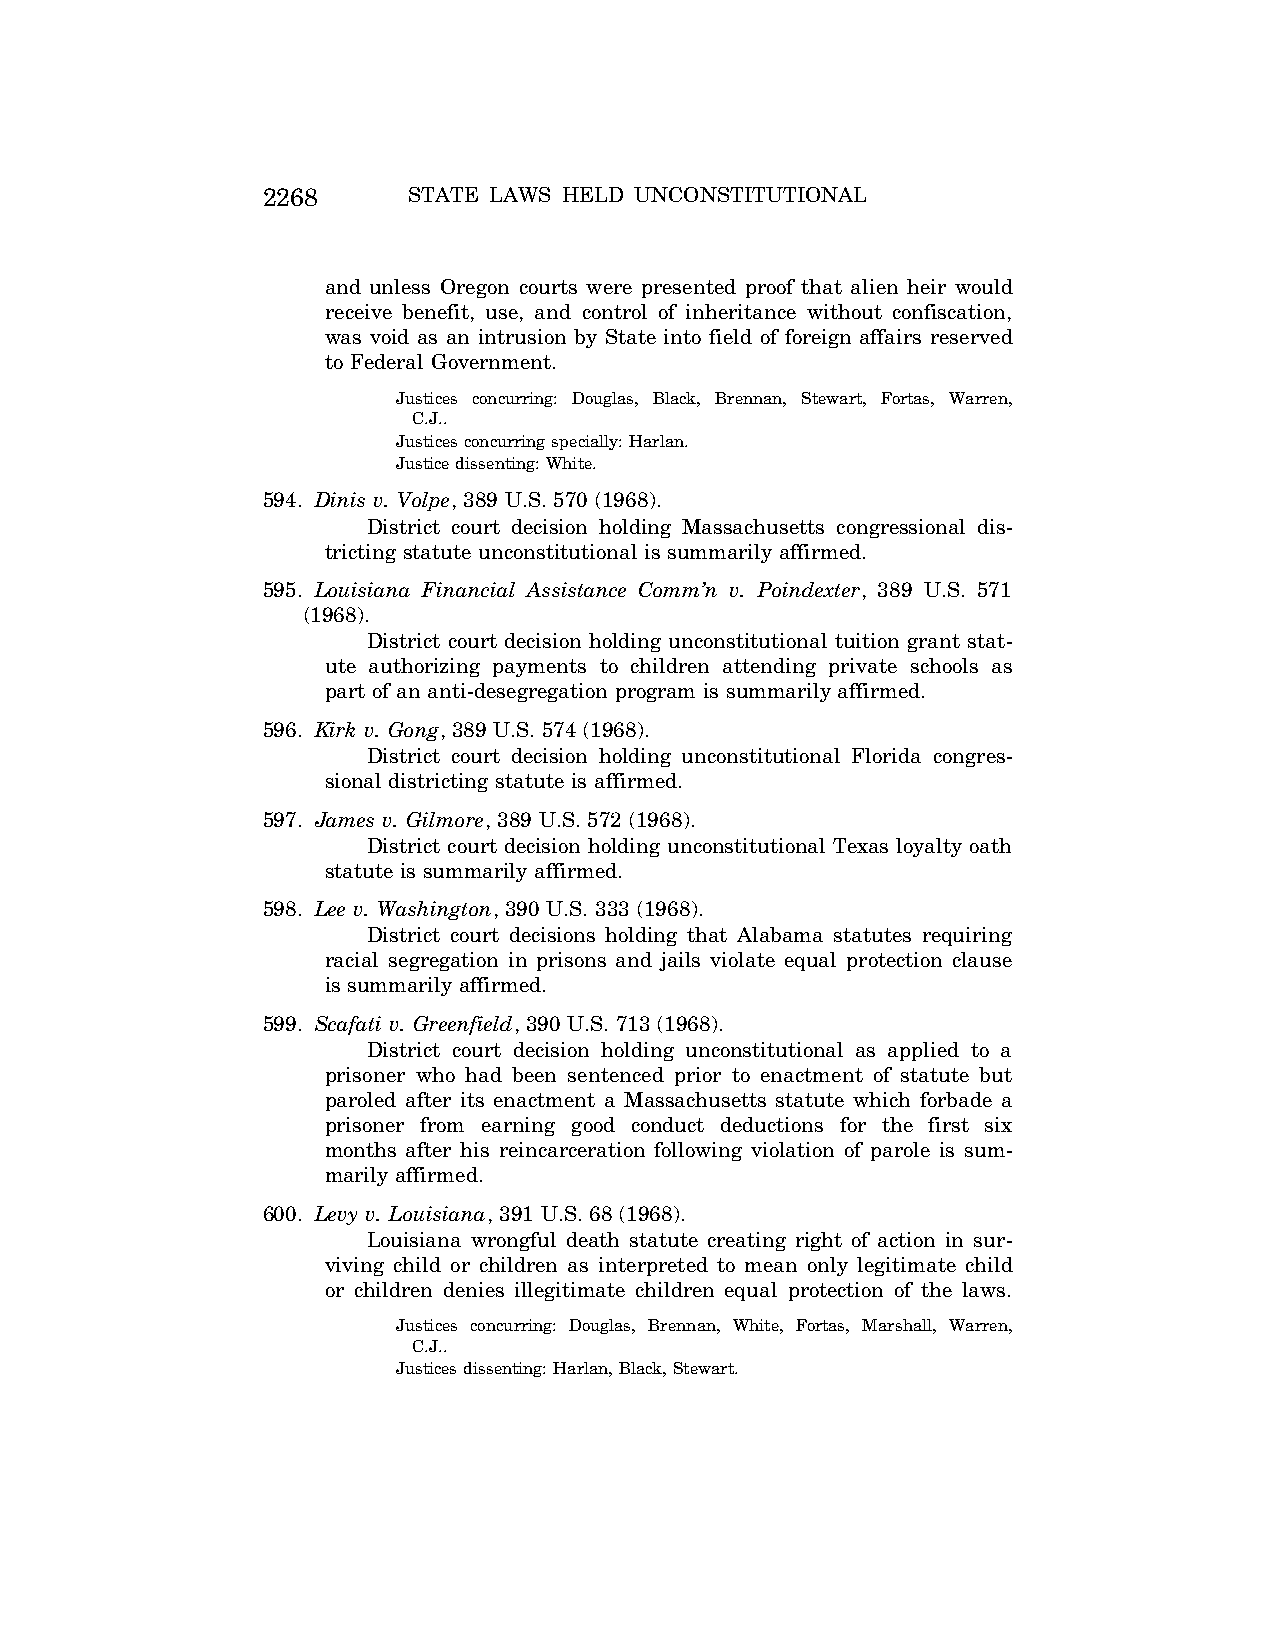
2268      STATE LAWS HELD UNCONSTITUTIONAL
 and unless Oregon courts were presented proof that alien heir would
 receive benefit, use, and control of inheritance without confiscation,
 was void as an intrusion by State into field of foreign affairs reserved
 to Federal Government.
 Justices concurring: Douglas, Black, Brennan, Stewart, Fortas, Warren,
 C.J..
 Justices concurring specially: Harlan.
 Justice dissenting: White.
 594. Dinis v. Volpe, 389 U.S. 570 (1968).
 District court decision holding Massachusetts congressional dis-
 tricting statute unconstitutional is summarily affirmed.
 595. Louisiana Financial Assistance Comm’n v. Poindexter, 389 U.S. 571
 (1968).
 District court decision holding unconstitutional tuition grant stat-
 ute authorizing payments to children attending private schools as
 part of an anti-desegregation program is summarily affirmed.
 596. Kirk v. Gong, 389 U.S. 574 (1968).
 District court decision holding unconstitutional Florida congres-
 sional districting statute is affirmed.
 597. James v. Gilmore, 389 U.S. 572 (1968).
 District court decision holding unconstitutional Texas loyalty oath
 statute is summarily affirmed.
 598. Lee v. Washington, 390 U.S. 333 (1968).
 District court decisions holding that Alabama statutes requiring
 racial segregation in prisons and jails violate equal protection clause
 is summarily affirmed.
 599. Scafati v. Greenfield, 390 U.S. 713 (1968).
 District court decision holding unconstitutional as applied to a
 prisoner who had been sentenced prior to enactment of statute but
 paroled after its enactment a Massachusetts statute which forbade a
 prisoner from earning good conduct deductions for the first six
 months after his reincarceration following violation of parole is sum-
 marily affirmed.
 600. Levy v. Louisiana, 391 U.S. 68 (1968).
 Louisiana wrongful death statute creating right of action in sur-
 viving child or children as interpreted to mean only legitimate child
 or children denies illegitimate children equal protection of the laws.
 Justices concurring: Douglas, Brennan, White, Fortas, Marshall, Warren,
 C.J..
 Justices dissenting: Harlan, Black, Stewart.
 VerDate Aug<04>2004 12:57 Aug 23, 2004 Jkt 077500 PO 00000 Frm 00108 Fmt 8222 Sfmt 8222 C:\CONAN\CON064.SGM PRFM99 PsN: CON064